Report of the Municipal Commissioner on the plague in Bombay for the year ending 31st May... - Volume 3
Disease focus: Plague
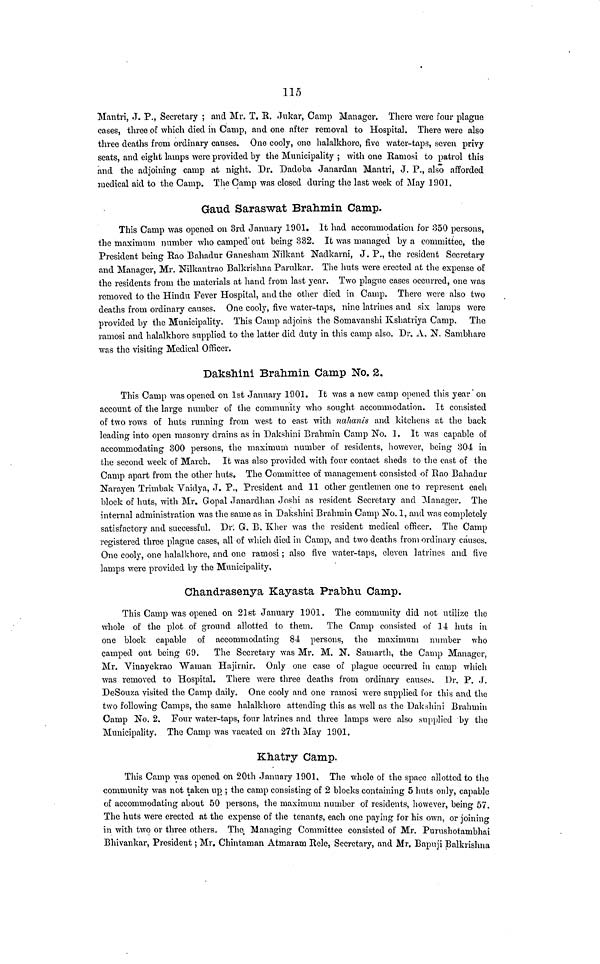
115
Mantri, J. P., Secretary ; and Mr. T. R. Jukar, Camp Manager. There were four plague
cases, three of which died in Camp, and one after removal to Hospital. There were also
three deaths from ordinary causes. One cooly, one halalkhore, five water-taps, seven privy
seats, and eight lamps were provided by the Municipality ; with one Ramosi to patrol this
and the adjoining camp at night. Dr. Dadoba Janardan Mantri, J. P., also afforded
medical aid to the Camp. The Camp was closed during the last week of May 1901,
Gaud Saraswat Brahmin Camp.
This Camp was opened on 3rd January 1901. It had accommodation for 350 persons,
the maximum number who camped out being 332. It was managed by a committee, the
President being Rao Bahadur Ganesham Nilkant Nadkarni, J. P., the resident Secretary
and Manager, Mr. Nilkantrao Balkrishna Parulkar. The huts were erected at the expense of
the residents from the materials at hand from last year. Two plague cases occurred, one was
removed to the Hindu Fever Hospital, and the other died in Camp. There were also two
deaths from ordinary causes. One cooly, five water-taps, nine latrines and six lamps were
provided by the Municipality. This Camp adjoins the Somavanshi Kshatriya Camp. The
ramosi and halalkhore supplied to the latter did duty in this camp also. Dr. A. N. Sambhare
was the visiting Medical Officer.
Dakshini Brahmin Camp No. 2.
This Camp was opened on 1st January 1901. It was a new camp opened this year on
account of the large number of the community who sought accommodation. It consisted
of two rows of huts running from west to east with nahanis and kitchens at the back
leading into open masonry drains as in Dakshini Brahmin Camp No. 1. It was capable of
accommodating 300 persons, the maximum number of residents, however, being 304 in
the second week of March. It was also provided with four contact sheds to the east of the
Camp apart from the other huts. The Committee of management consisted of Rao Bahadur
Narayen Trimbak Vaidya, J. P., President and 11 other gentlemen one to represent each
block of huts, with Mr. Gopal Janardhan Joshi as resident Secretary and Manager. The
internal administration was the same as in Dakshini Brahmin Camp No. 1, and was completely
satisfactory and successful. Dr. G. B. Kher was the resident medical officer. The Camp
registered three plague cases, all of which died in Camp, and two deaths from ordinary causes.
One cooly, one halalkhore, and one ramosi ; also five water-taps, eleven latrines and five
lamps were provided by the Municipality,
Chandrasenya Kayasta Prabhu Camp.
This Camp was opened on 21st January 1901. The community did not utilize the
whole of the plot of ground allotted to them. The Camp consisted of 14 huts in
one block capable of accommodating 84 persons, the maximum number who
camped out being 69. The Secretary was Mr. M. N. Samarth, the Camp Manager,
Mr. Vinayekrao Waman Hajirnir. Only one case of plague occurred in camp which
was removed to Hospital. There were three deaths from ordinary causes. Dr, P. J.
DeSouza visited the Camp daily. One cooly and one ramosi were supplied for this and the
two following Camps, the same halalkhore attending this as well as the Dakshini Brahmin
Camp No. 2. Four water-taps, four latrines and three lamps were also supplied by the
Municipality. The Camp was vacated on 27th May 1901.
Khatry Camp.
This Camp was opened on 20th January 1901, The whole of the space allotted to the
community was not taken up ; the camp consisting of 2 blocks containing 5 huts only, capable
of accommodating about 50 persons, the maximum number of residents, however, being 57.
The huts were erected at the expense of the tenants, each one paying for his own, or joining
in with two or three others. The Managing Committee consisted of Mr. Purushotambhai
Bhivankar, President ; Mr, Chintaman Atmaram Rele, Secretary, and Mr. Bapuji Balkrishna